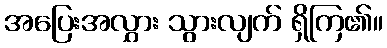
အပြေးအလွှား သွားလျက် ရှိကြ၏။